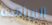
المراقبة